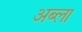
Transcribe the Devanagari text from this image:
अब्ला